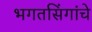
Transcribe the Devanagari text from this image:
भगतसिंगांचे